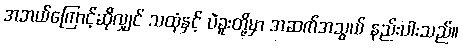
အဘယ်ကြောင့်ဆိုလျှင် သထုံနှင့် ပဲခူးတို့မှာ အဆက်အသွယ် နည်းပါးသည်။